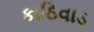
કાઠિવાડ